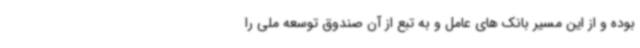
بوده و از این مسیر بانک های عامل و به تبع از آن صندوق توسعه ملی را